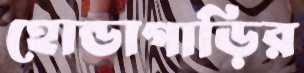
হোন্ডাগাড়ির